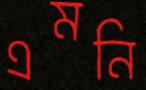
এমনি